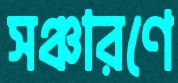
সঞ্চারণে